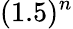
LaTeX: (1.5)^{n}